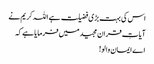
اس کی بہت بڑی فضیلت ہے اللہ کریم نے
آیاتِ قران مجیدمیں فرمایا ہے کہ
اے ایمان والو!